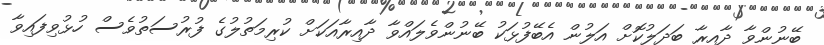
ބޭނުންވާ ދާއިރާ ބަދަލުކޮށް އަލުން އެބޭފުޅަކު ބޭނުންވެލައްވާ ދާއިރާއަކަށް ކުރިމަތުލުގެ ފުރުސަތުވެސް ހުޅުވިފައިވާ